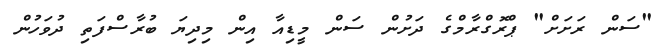
"ސަން ރަށަށް" ޕްރޮގްރާމްގެ ދަށުން ސަން މީޑިއާ އިން މިދިޔަ ބުރާސްފަތި ދުވަހުން